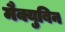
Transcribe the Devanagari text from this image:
मैक्युबिन